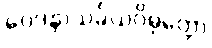
ဝေဒနာသင်္ခယဝိမုတ္တော